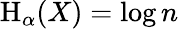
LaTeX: \mathrm{H}_{\alpha}(X)=\log n